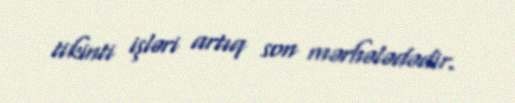
tikinti işləri artıq son mərhələdədir.